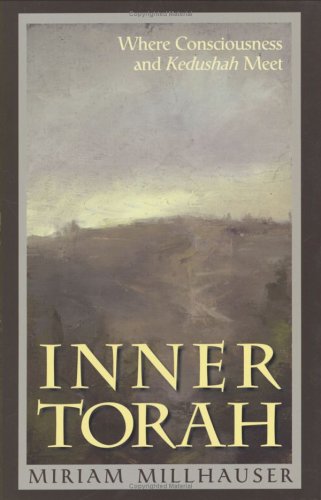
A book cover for Inner Torah: Where Consciousness and Kedushah Meet; Miriam Millhauser; Religion & Spirituality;